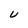
Character: U